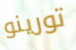
تورينو